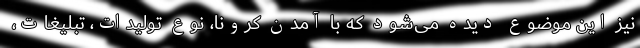
نیز این موضوع دیده می‌شود که با آمدن کرونا، نوع تولیدات، تبلیغات،